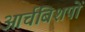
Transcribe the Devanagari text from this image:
आर्चबिशपों